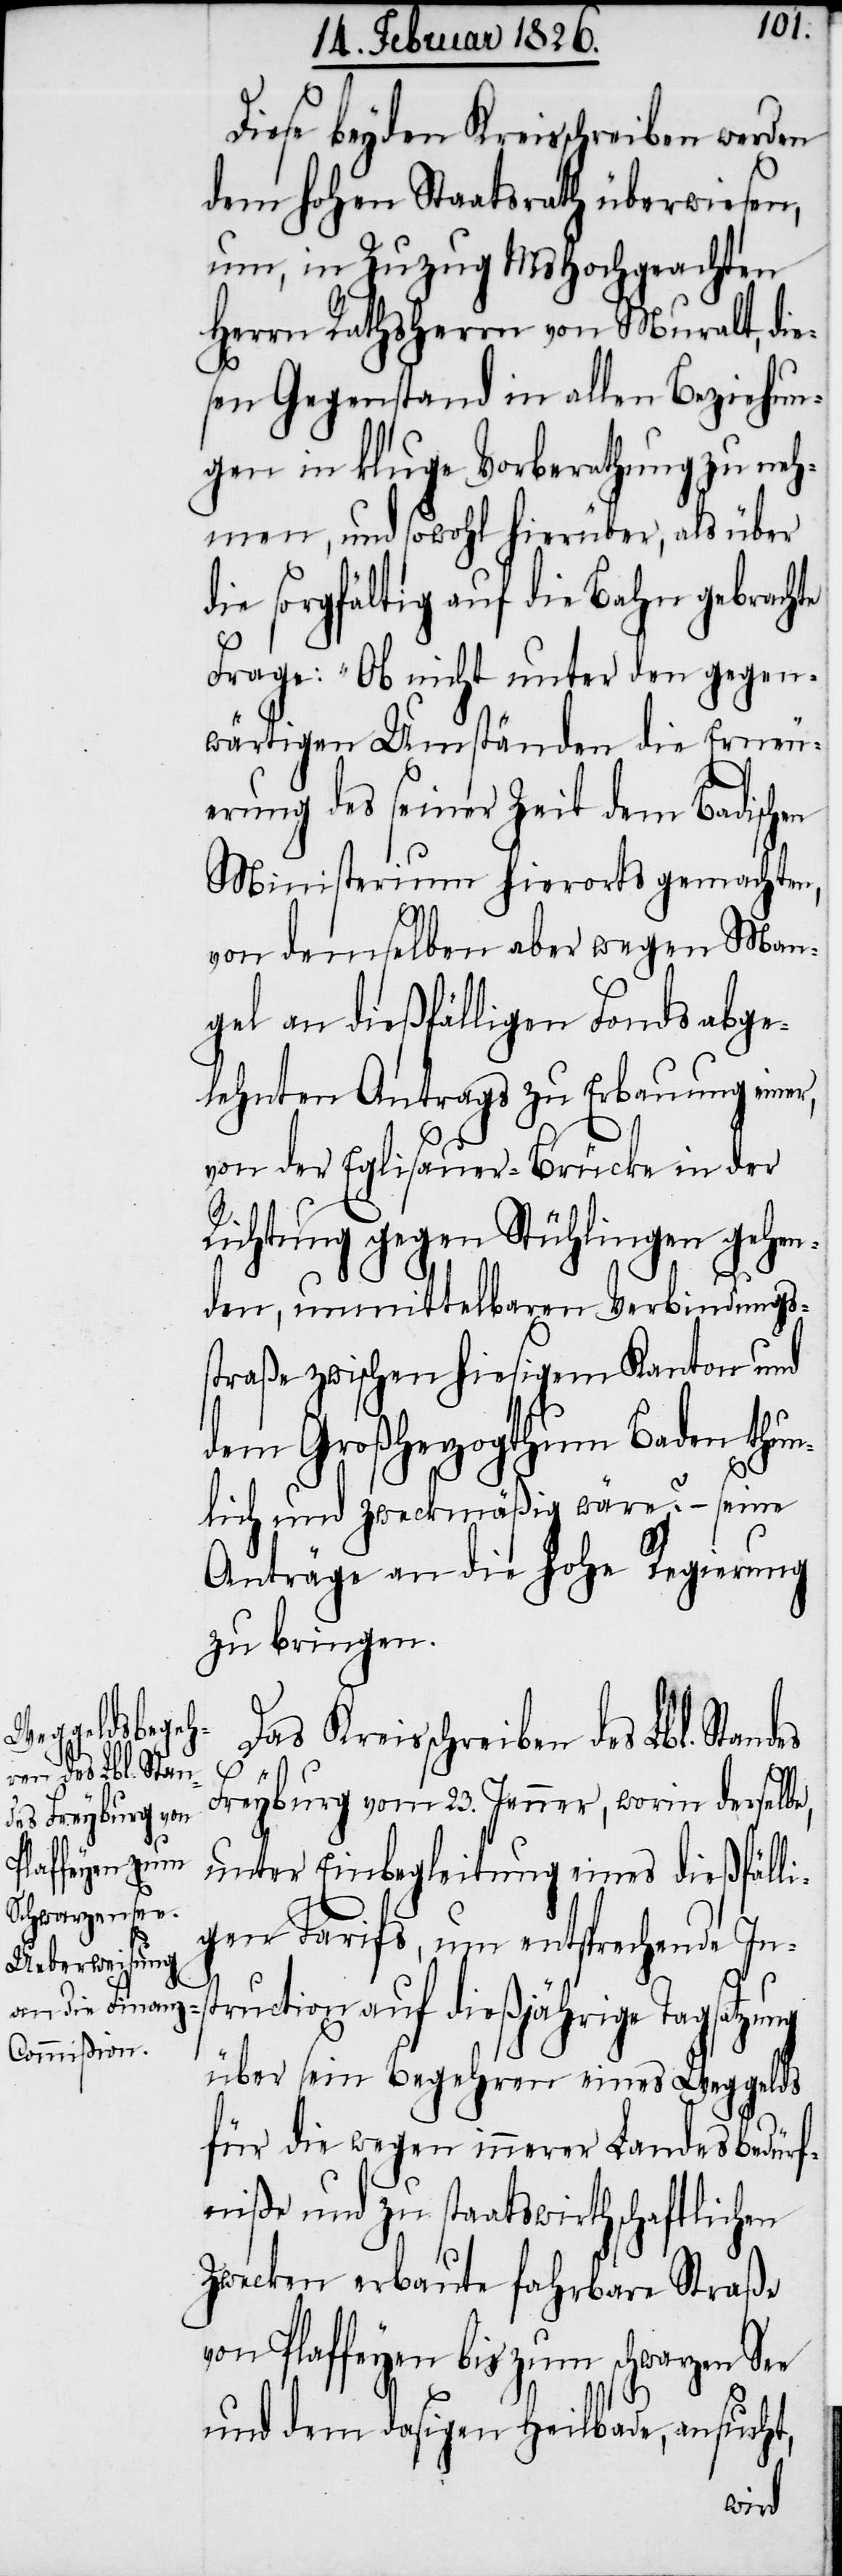
Diese beyden Kreisschreiben werden
dem hohen Staatsrath überwiesen,
um, in Zuzug Ms Hochgeachten
Herrn Rathsherrn von Muralt, die¬
sen Gegenstand in allen Beziehun¬
gen in kluge Vorberathung zu neh¬
men, und sowohl hierüber, als über
die sorgfältig auf die Bahn gebrachte
Frage: „Ob nicht unter den gegen¬
wärtigen Umständen die Erneu¬
erung des seiner Zeit dem Badischen
Ministerium hierorts gemachten,
des
von demselben aber wegen Man¬
gel an dießfälligen Fonds abge¬
lehnten Antrags zu Erbauung einer,
von der Eglisauer-Brücke in der
Richtung gegen Stühlingen gehen¬
den, unmittelbaren Verbindungs¬
straße zwischen hiesigem Kanton und
dem Großherzogthum Baden thun¬
lich und zweckmäßig wäre?[“] – seine
Anträge an die hohe Regierung
zu bringen.
Das Kreisschreiben des Lbl. Stan¬
Freyburg vom 23. Jenner, worin derselbe,
unter Einbegleitung eines dießfälli¬
gen Tarifs, um entsprechende In¬
struction auf dießjährige Tagsatzung
über sein Begehren eines Weggelds
für die wegen innerer Landesbedürf¬
niße und zu staatswirthschaftlichen
Zwecken erbaute fahrbare Straße
von Plaffeyen bis zum schwarzen See
und dem dasigen Heilbade, ansucht,